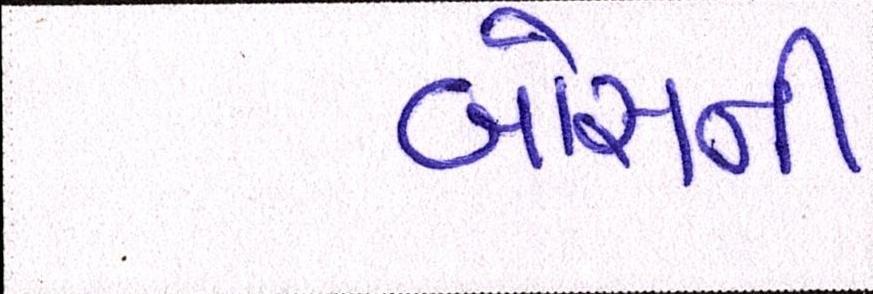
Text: બોસની